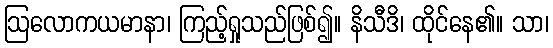
ဩလောကယမာနာ၊ ကြည့်ရှုသည်ဖြစ်၍။ နိသီဒိ၊ ထိုင်နေ၏။ သာ၊